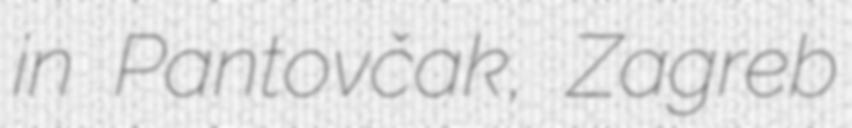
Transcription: in Pantovčak, Zagreb